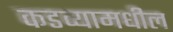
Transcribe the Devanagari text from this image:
कडव्यामधील